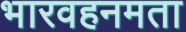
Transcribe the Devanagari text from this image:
भारवहनमता